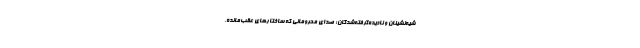
شیه‌نشینان و نادیده‌گرفته‌شدگان؛ صدای محرومانی که ساختارهای عقب‌مانده،